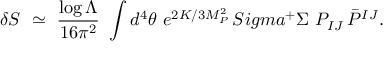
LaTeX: \delta S \ \simeq \ { \frac { \log \Lambda } { 1 6 \pi ^ { 2 } } } \ \int d ^ { 4 } \theta \ e ^ { 2 K / 3 M _ { P } ^ { 2 } } \, S i g m a ^ { + } \Sigma \ P _ { I J } \, \bar { P } ^ { I J } .